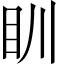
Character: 𥃹